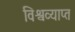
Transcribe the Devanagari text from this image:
विश्वव्याप्त